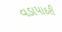
વડાપાદરી